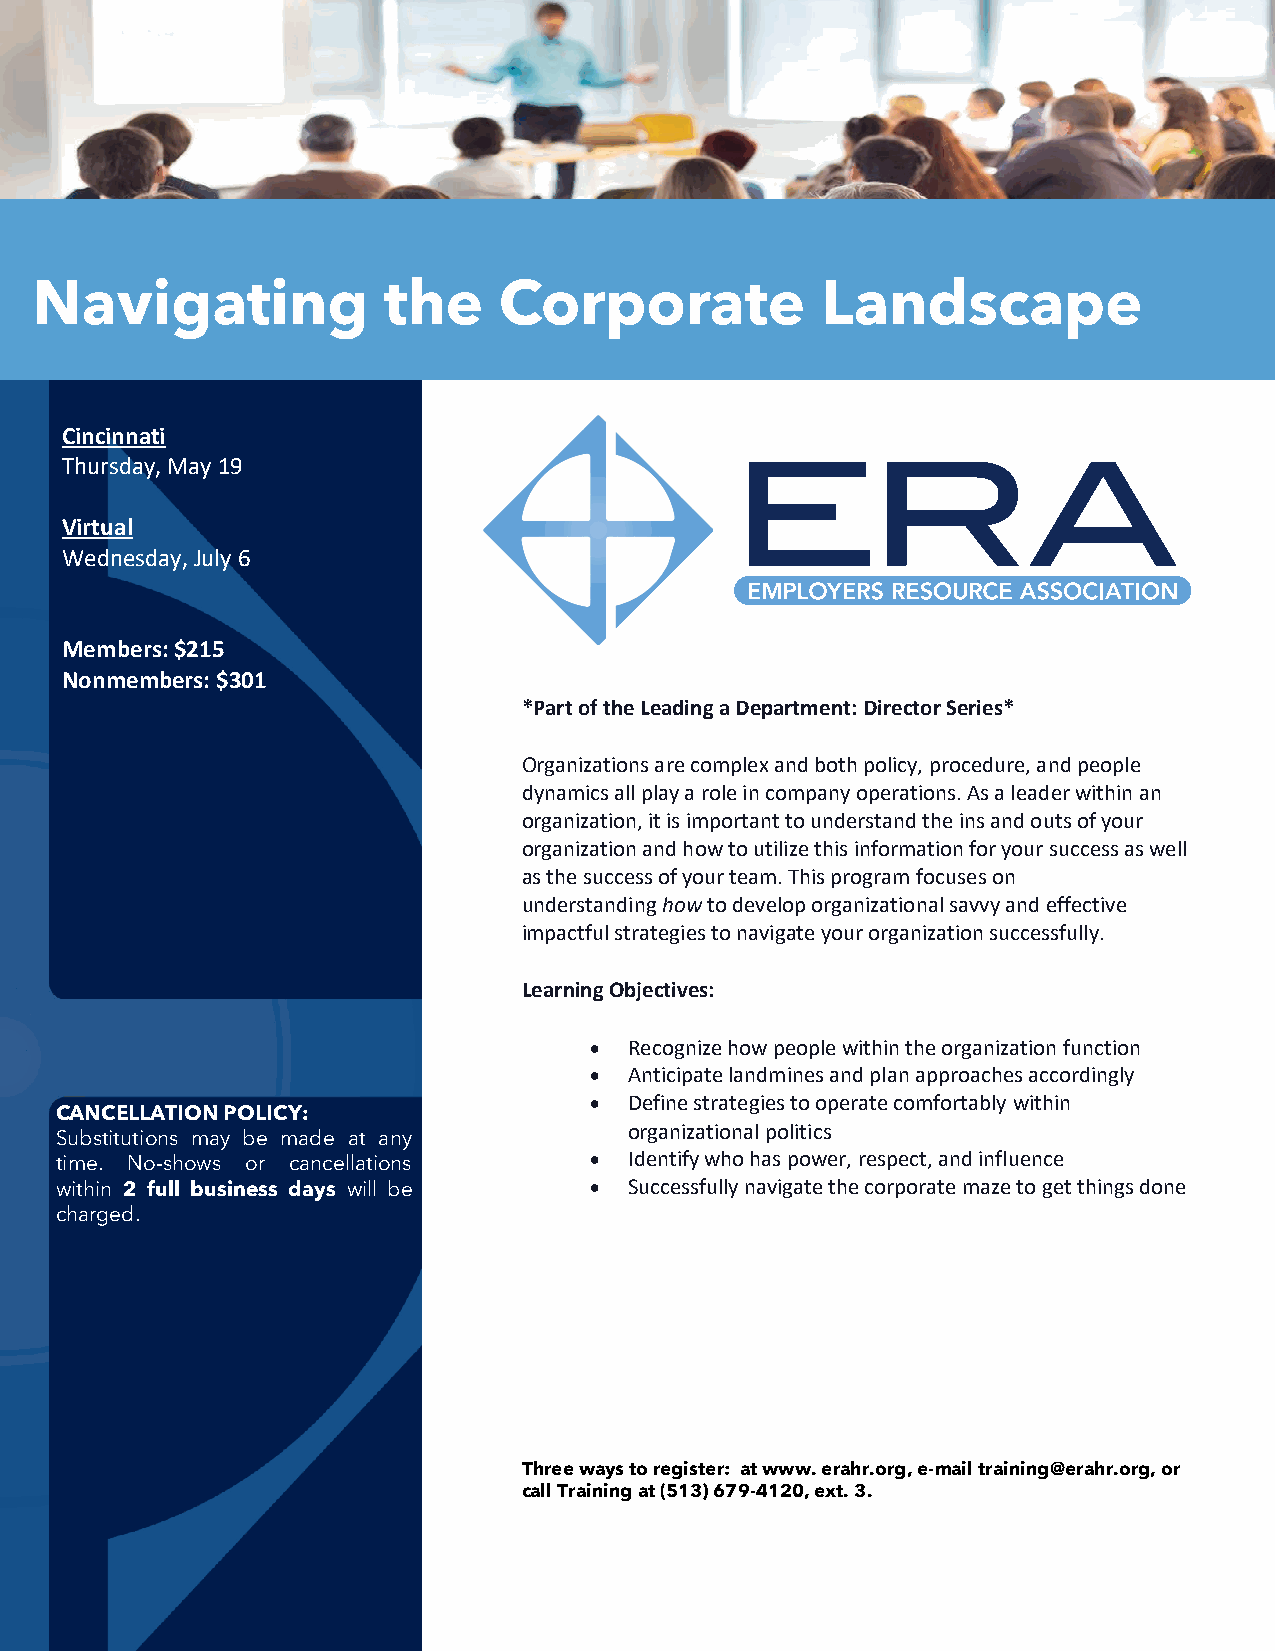
Navigating             the     Corporate            Landscape
 Cincinnati
 Thursday, May 19
 Virtual
 Wednesday, July 6
 Members: $215
 Nonmembers: $301
 *Part of the Leading a Department: Director Series*
 Organizations are complex and both policy, procedure, and people
 dynamics all play a role in company operations. As a leader within an
 organization, it is important to understand the ins and outs of your
 organization and how to utilize this information for your success as well
 as the success of your team. This program focuses on
 understanding how to develop organizational savvy and effective
 impactful strategies to navigate your organization successfully.
 Learning Objectives:
 •  Recognize how people within the organization function
 •  Anticipate landmines and plan approaches accordingly
 •  Define strategies to operate comfortably within
 CANCELLATION POLICY:
 organizational politics
 Substitutions may be made at any
 time. No-shows or cancellations    •  Identify who has power, respect, and influence
 within 2 full business days will be • Successfully navigate the corporate maze to get things done
 charged.
 Three ways to register: at www. erahr.org, e-mail training@erahr.org, or
 call Training at (513) 679-4120, ext. 3.